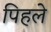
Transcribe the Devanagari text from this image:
पिहले